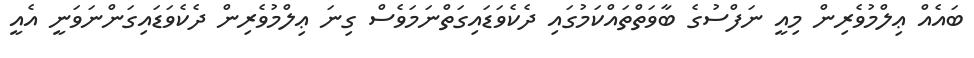
ބައެއް ޢިލްމުވެރިން މިއީ ނަފްސުގެ ބާވަތްތައްކަމުގައި ދެކެވަޑައިގަތްނަމަވެސް ގިނަ ޢިލްމުވެރިން ދެކެވަޑައިގަންނަވަނީ އެއީ